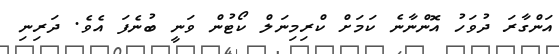
އަންގާރަ ދުވަހު އޮންނާނެ ކަމަށް ކްރިމިނަލް ކޯޓުން ވަނީ ބުނެފަ އެވެ. ދަރިނި